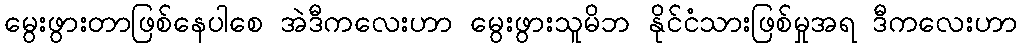
မွေးဖွားတာဖြစ်နေပါစေ အဲဒီကလေးဟာ မွေးဖွားသူမိဘ နိုင်ငံသားဖြစ်မှုအရ ဒီကလေးဟာ